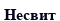
Несвит